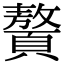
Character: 𩕀